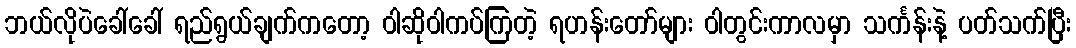
ဘယ်လိုပဲခေါ်ခေါ် ရည်ရွယ်ချက်ကတော့ ဝါဆိုဝါကပ်ကြတဲ့ ရဟန်းတော်များ ဝါတွင်းကာလမှာ သင်္ကန်းနဲ့ ပတ်သက်ပြီး